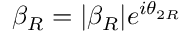
\beta _ { R } = | \beta _ { R } | e ^ { i \theta _ { 2 R } }